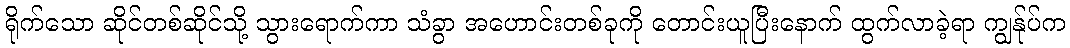
ရိုက်သော ဆိုင်တစ်ဆိုင်သို့ သွားရောက်ကာ သံခွာ အဟောင်းတစ်ခုကို တောင်းယူပြီးနောက် ထွက်လာခဲ့ရာ ကျွန်ုပ်က